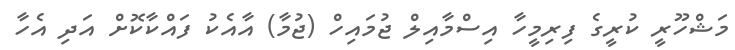
މަޝްހޫރީ ކުރީގެ ފިރިމީހާ އިސްމާއިލް ޖުމައިހް (ޖުމާ) އާއެކު ފައްކާކޮށް އަދި އެހާ